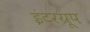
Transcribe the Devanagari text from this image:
इंटरग्रूप